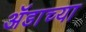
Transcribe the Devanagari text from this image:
ॲडाच्या